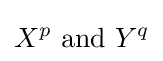
X^{p}{\text{ and }}Y^{q}